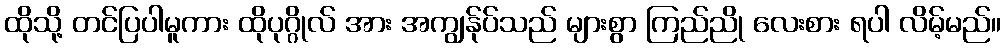
ထိုသို့ တင်ပြပါမူကား ထိုပုဂ္ဂိုလ် အား အကျွန်ုပ်သည် များစွာ ကြည်ညို လေးစား ရပါ လိမ့်မည်။